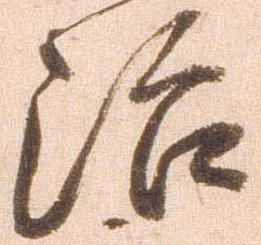
治